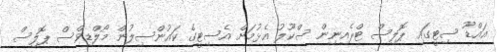
އައްޑޫ ސިޓީގައި ޕޮލިސް ޓްރެއިނިން ސްކޫލު އެޅުމަށް އެސިޓީގެ ކައުންސިލުން މޯލްޑިވްސް ޕޮލިސް